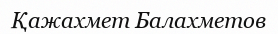
Қажахмет Балахметов